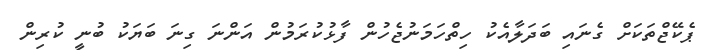
ޕެކޭޖްތަކަށް ގެނައި ބަދަލާއެކު ހިތްހަމަނުޖެހުން ފާޅުކުރަމުން އަންނަ ގިނަ ބަޔަކު ބުނީ ކުރިން